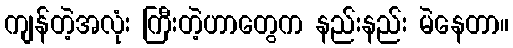
ကျန်တဲ့အလုံး ကြီးတဲ့ဟာတွေက နည်းနည်း မဲနေတာ။